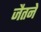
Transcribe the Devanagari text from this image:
जैतने